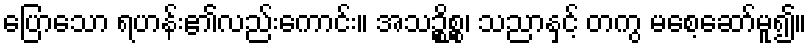
ပြောသော ရဟန်း၏လည်းကောင်း။ အသဉ္စိစ္စ၊ သညာနှင့် တကွ မစေ့ဆော်မူ၍။